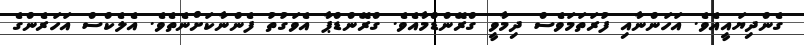
ގެންދިޔައީއެވެ. އަހަންނާއި ފުރަތަމަވެސް ދިމާވީ ގްރޭންޑްމާއެވެ. ގްރޭންޑްޕާ އެވަގުތު ފެންނާކަށްނެތެވެ. އެލެކްސް އަހަރެންގެ